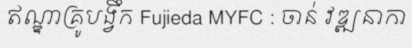
ឥណ្ឌាគ្រូបង្វឹក Fujieda MYFC : ចាន់ វឌ្ឍនាកា